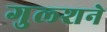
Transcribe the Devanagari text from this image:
गुल्शने